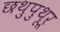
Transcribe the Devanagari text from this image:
छथुपुथूर्